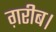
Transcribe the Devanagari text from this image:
ग़रीब।